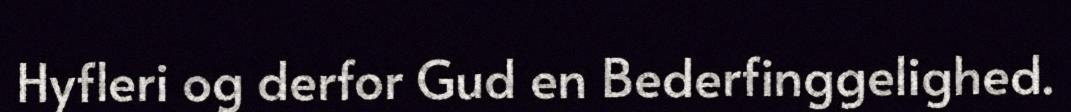
Hyfleri og derfor Gud en Bederfinggelighed.